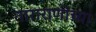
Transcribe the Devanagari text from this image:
ताराराणींच्या